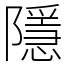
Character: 隱